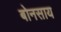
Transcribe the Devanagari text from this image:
बोनसाय